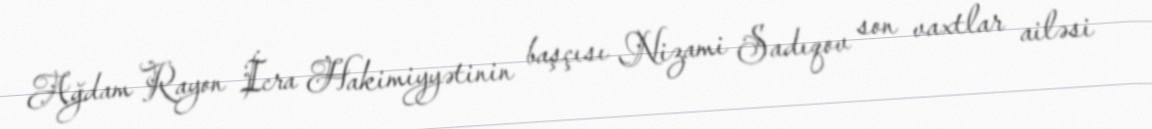
Ağdam Rayon İcra Hakimiyyətinin başçısı Nizami Sadıqov son vaxtlar ailəsi